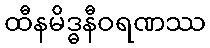
ထီနမိဒ္ဓနီဝရဏဿ